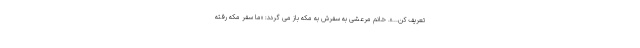
تعریف کن...». خانم مرعشی به سفرش به مکه باز می گردد: «ما سفر مکه رفته